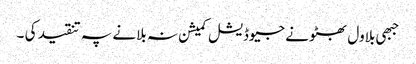
جبھی بلاول بھٹو نے جیوڈیشل کمیشن نہ بلانے پہ تنقید کی ۔